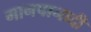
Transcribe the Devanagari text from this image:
मानपानादी